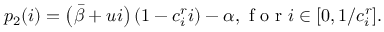
p _ { 2 } ( i ) = \left( \bar { \beta } + u i \right) ( 1 - c _ { i } ^ { r } i ) - \alpha , \mathrm { ~ f ~ o ~ r ~ } i \in [ 0 , 1 / c _ { i } ^ { r } ] .